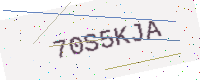
Text: 70S5KJA